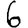
Digit: 6